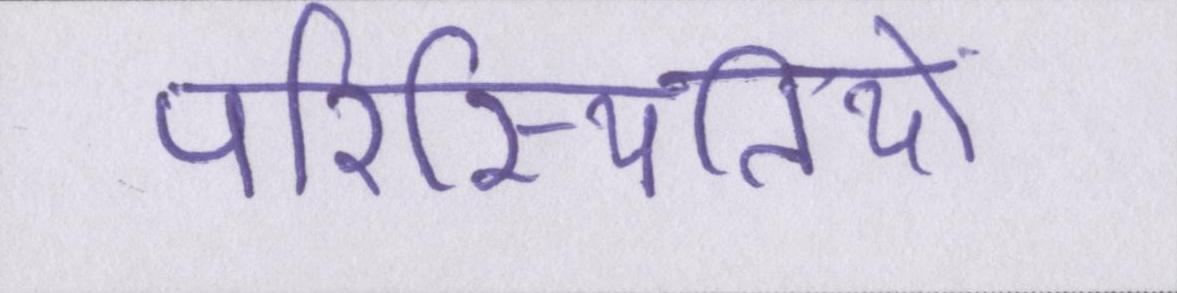
परिस्थितियों